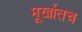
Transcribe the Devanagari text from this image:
मूर्खातच